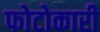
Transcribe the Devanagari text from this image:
फोटोकारी